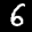
Label: 6